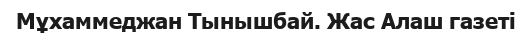
Мұхаммеджан Тынышбай. Жас Алаш газеті